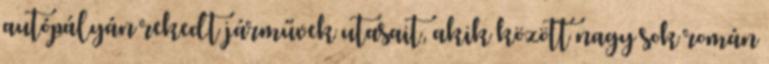
autópályán rekedt járművek utasait, akik között nagy sok román